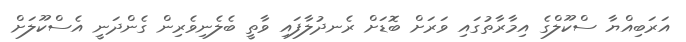
އަރަބިއްޔާ ސްކޫލްގެ އިމާރާތުގައި ވަރަށް ބޮޑަށް ރެނދުލާފައި ވާތީ ބެލެނިވެރިން ގެންދަނީ އެސްކޫލަށް